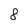
Character: 8